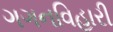
ગગનવિહારી